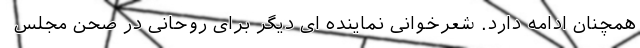
همچنان ادامه دارد. شعرخوانی نماینده ای دیگر برای روحانی در صحن مجلس